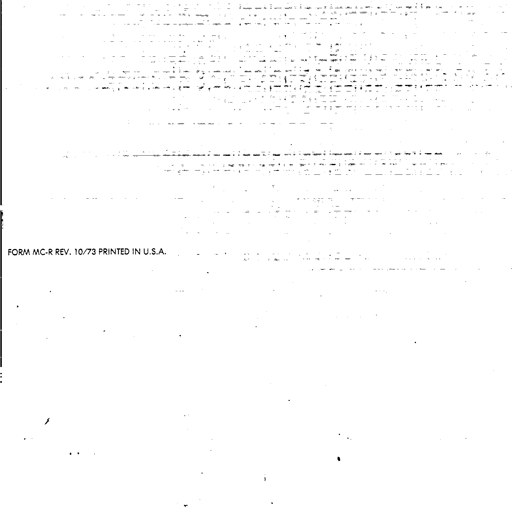
FORM MC-R REV. 10/73 PRINTED IN U.S.A.